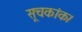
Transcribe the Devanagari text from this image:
सूचकांक।